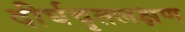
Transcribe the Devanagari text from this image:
दीर्घवृतलक्षण